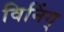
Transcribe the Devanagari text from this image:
विनिंग्